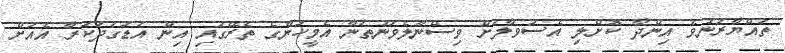
ތައްޔާރުނުވެ އިންދާ ކޮށްލި އެސުވާލަށް ވިސްނާލެވުނުތަނާ އެމީހުންގެ ތެރޭގައި އިން އަޑުގަދަކުރާ އެއަށް